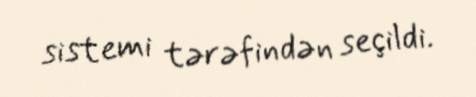
sistemi tərəfindən seçildi.